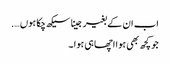
اب ان کے بغیر جینا سیکھ چکا ہوں ….
جو کچھ بھی ہوا اچھا ہی ہوا ۔